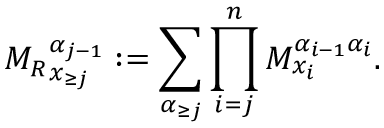
{ M _ { R } } _ { \boldsymbol x _ { \ge j } } ^ { \alpha _ { j - 1 } } : = \sum _ { \boldsymbol { \alpha } _ { \ge j } } \prod _ { i = j } ^ { n } M _ { x _ { i } } ^ { \alpha _ { i - 1 } \alpha _ { i } } .